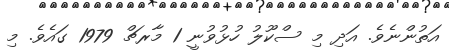
އަތުންނެވެ. އަދި މި ސްކޫލު ހުޅުވުނީ 1 މާރޗް 1979 ގައެވެ. މި